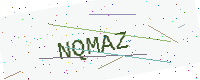
Text: NQMAZ